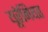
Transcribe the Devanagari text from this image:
यूरेनियत